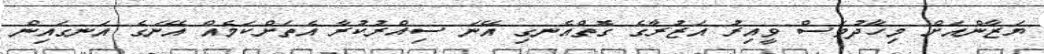
ޔަޒާންއަށް މިހާދުވަސް ވީއިރު އަޒުރާގެ ގޮތްއެނގި އޭނަ ސިއްރުކުރާ އެތަށްކަމެއް އޭނަގެ އަނގައިން